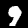
Digit: 9